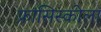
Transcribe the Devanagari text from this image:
फ्रांसिस्कोला